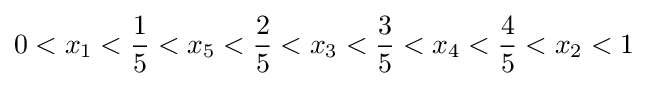
0<x_{1}<{\frac {1}{5}}<x_{5}<{\frac {2}{5}}<x_{3}<{\frac {3}{5}}<x_{4}<{\frac {4}{5}}<x_{2}<1